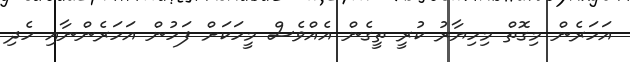
އަހަރެން މިގޮތް މިހިޔާރު ކުރީ ތީގެން އެއްވެސް މީހަކަށް ފަހުން އަހަރެންނާއި ހެދި